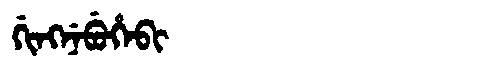
Manchu: ᡤᡳᠩᠨᡝᠪᡠᡥᡝᠪᡳ
Romanization: GINGNEBUHEBI